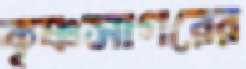
কৃষ্ণসাগরের